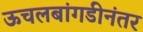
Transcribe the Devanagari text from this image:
ऊचलबांगडीनंतर